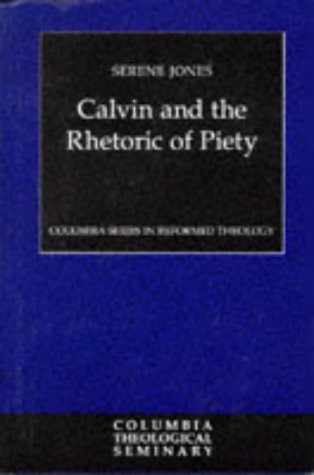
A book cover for Calvin and the Rhetoric of Piety (Columbia Series in Reformed Theology); Serene Jones; Christian Books & Bibles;